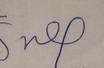
Signature authenticity: forged